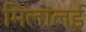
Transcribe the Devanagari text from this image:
मिलालई